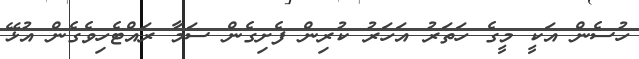
ހުސެން އަކީ މީގެ ހަތަަރު އަހަރު ކުރިން ފެށިގެން ސަމާ ރައްޓެހިވެގެން އުޅޭ